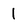
Character: 1